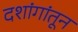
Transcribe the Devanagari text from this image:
दशांगांतून